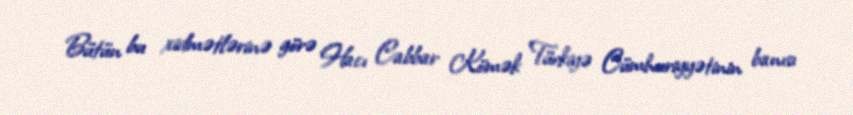
Bütün bu xidmətlərinə görə Hacı Cabbar Kömək Türkiyə Cümhuriyyətinin banısı